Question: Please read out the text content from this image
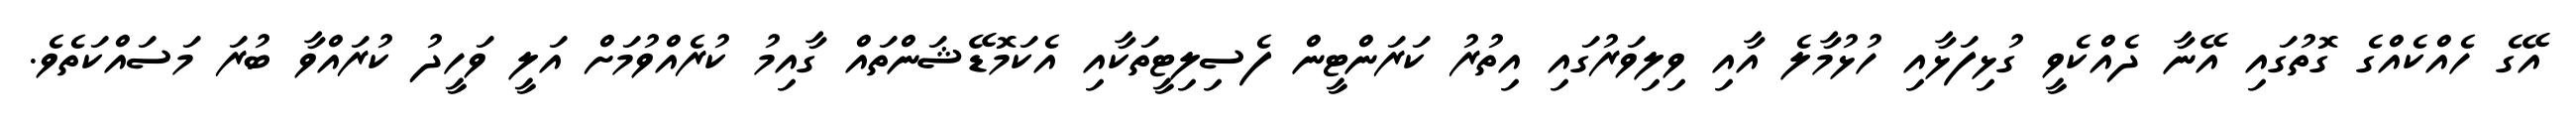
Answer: އޭގެ ހެއްކެއްގެ ގޮތުގައި އޭނާ ދެއްކެވީ ގުޅިފަޅާއި ހުޅުމާލެ އާއި ވިލިވަރުގައި އިތުރު ކަރަންޓީން ފެސިލިޓީތަކާއި އެކަމޮޑޭޝަންތައް ގާއިމު ކުރެއްވުމަށް އަލީ ވަހީދު ކުރައްވާ ބުރަ މަސައްކަތެވެ.